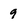
Character: 9